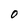
Character: 0